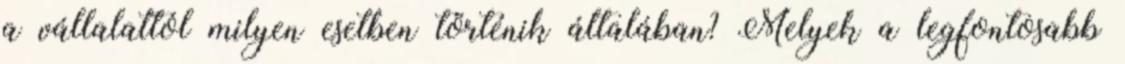
a vállalattól milyen esetben történik általában? Melyek a legfontosabb